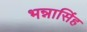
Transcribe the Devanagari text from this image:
भन्नासिंह